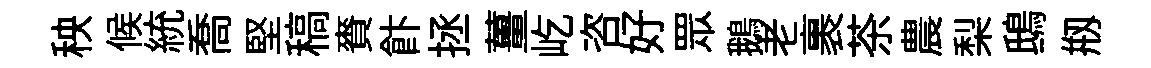
秧候統喬堅稿賚飰拯薑屹咨好眾鵝老裹茶農梨鴟剏